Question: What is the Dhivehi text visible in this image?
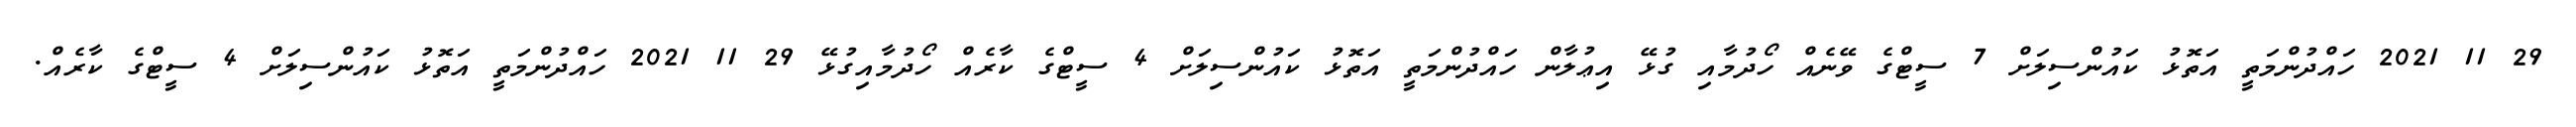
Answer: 29 11 2021 ހައްދުންމަތީ އަތޮޅު ކައުންސިލަށް 7 ސީޓްގެ ވޭނެއް ހޯދުމާއި ގުޅޭ އިޢުލާން ހައްދުންމަތީ އަތޮޅު ކައުންސިލަށް 4 ސީޓްގެ ކާރެއް ހޯދުމާއިގުޅޭ 29 11 2021 ހައްދުންމަތީ އަތޮޅު ކައުންސިލަށް 4 ސީޓްގެ ކާރެއް.